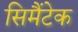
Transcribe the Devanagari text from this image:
सिमैंटेक